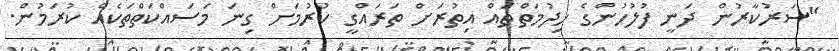
"ސަރުކާރުން ދަނީ ފުލުހުންގެ ހިދުމަތްތައް އިތުރަށް ތަރައްގީ ކުރުމަށް ގިނަ މަސައްކަތްތަކެއް ކުރަމުން.